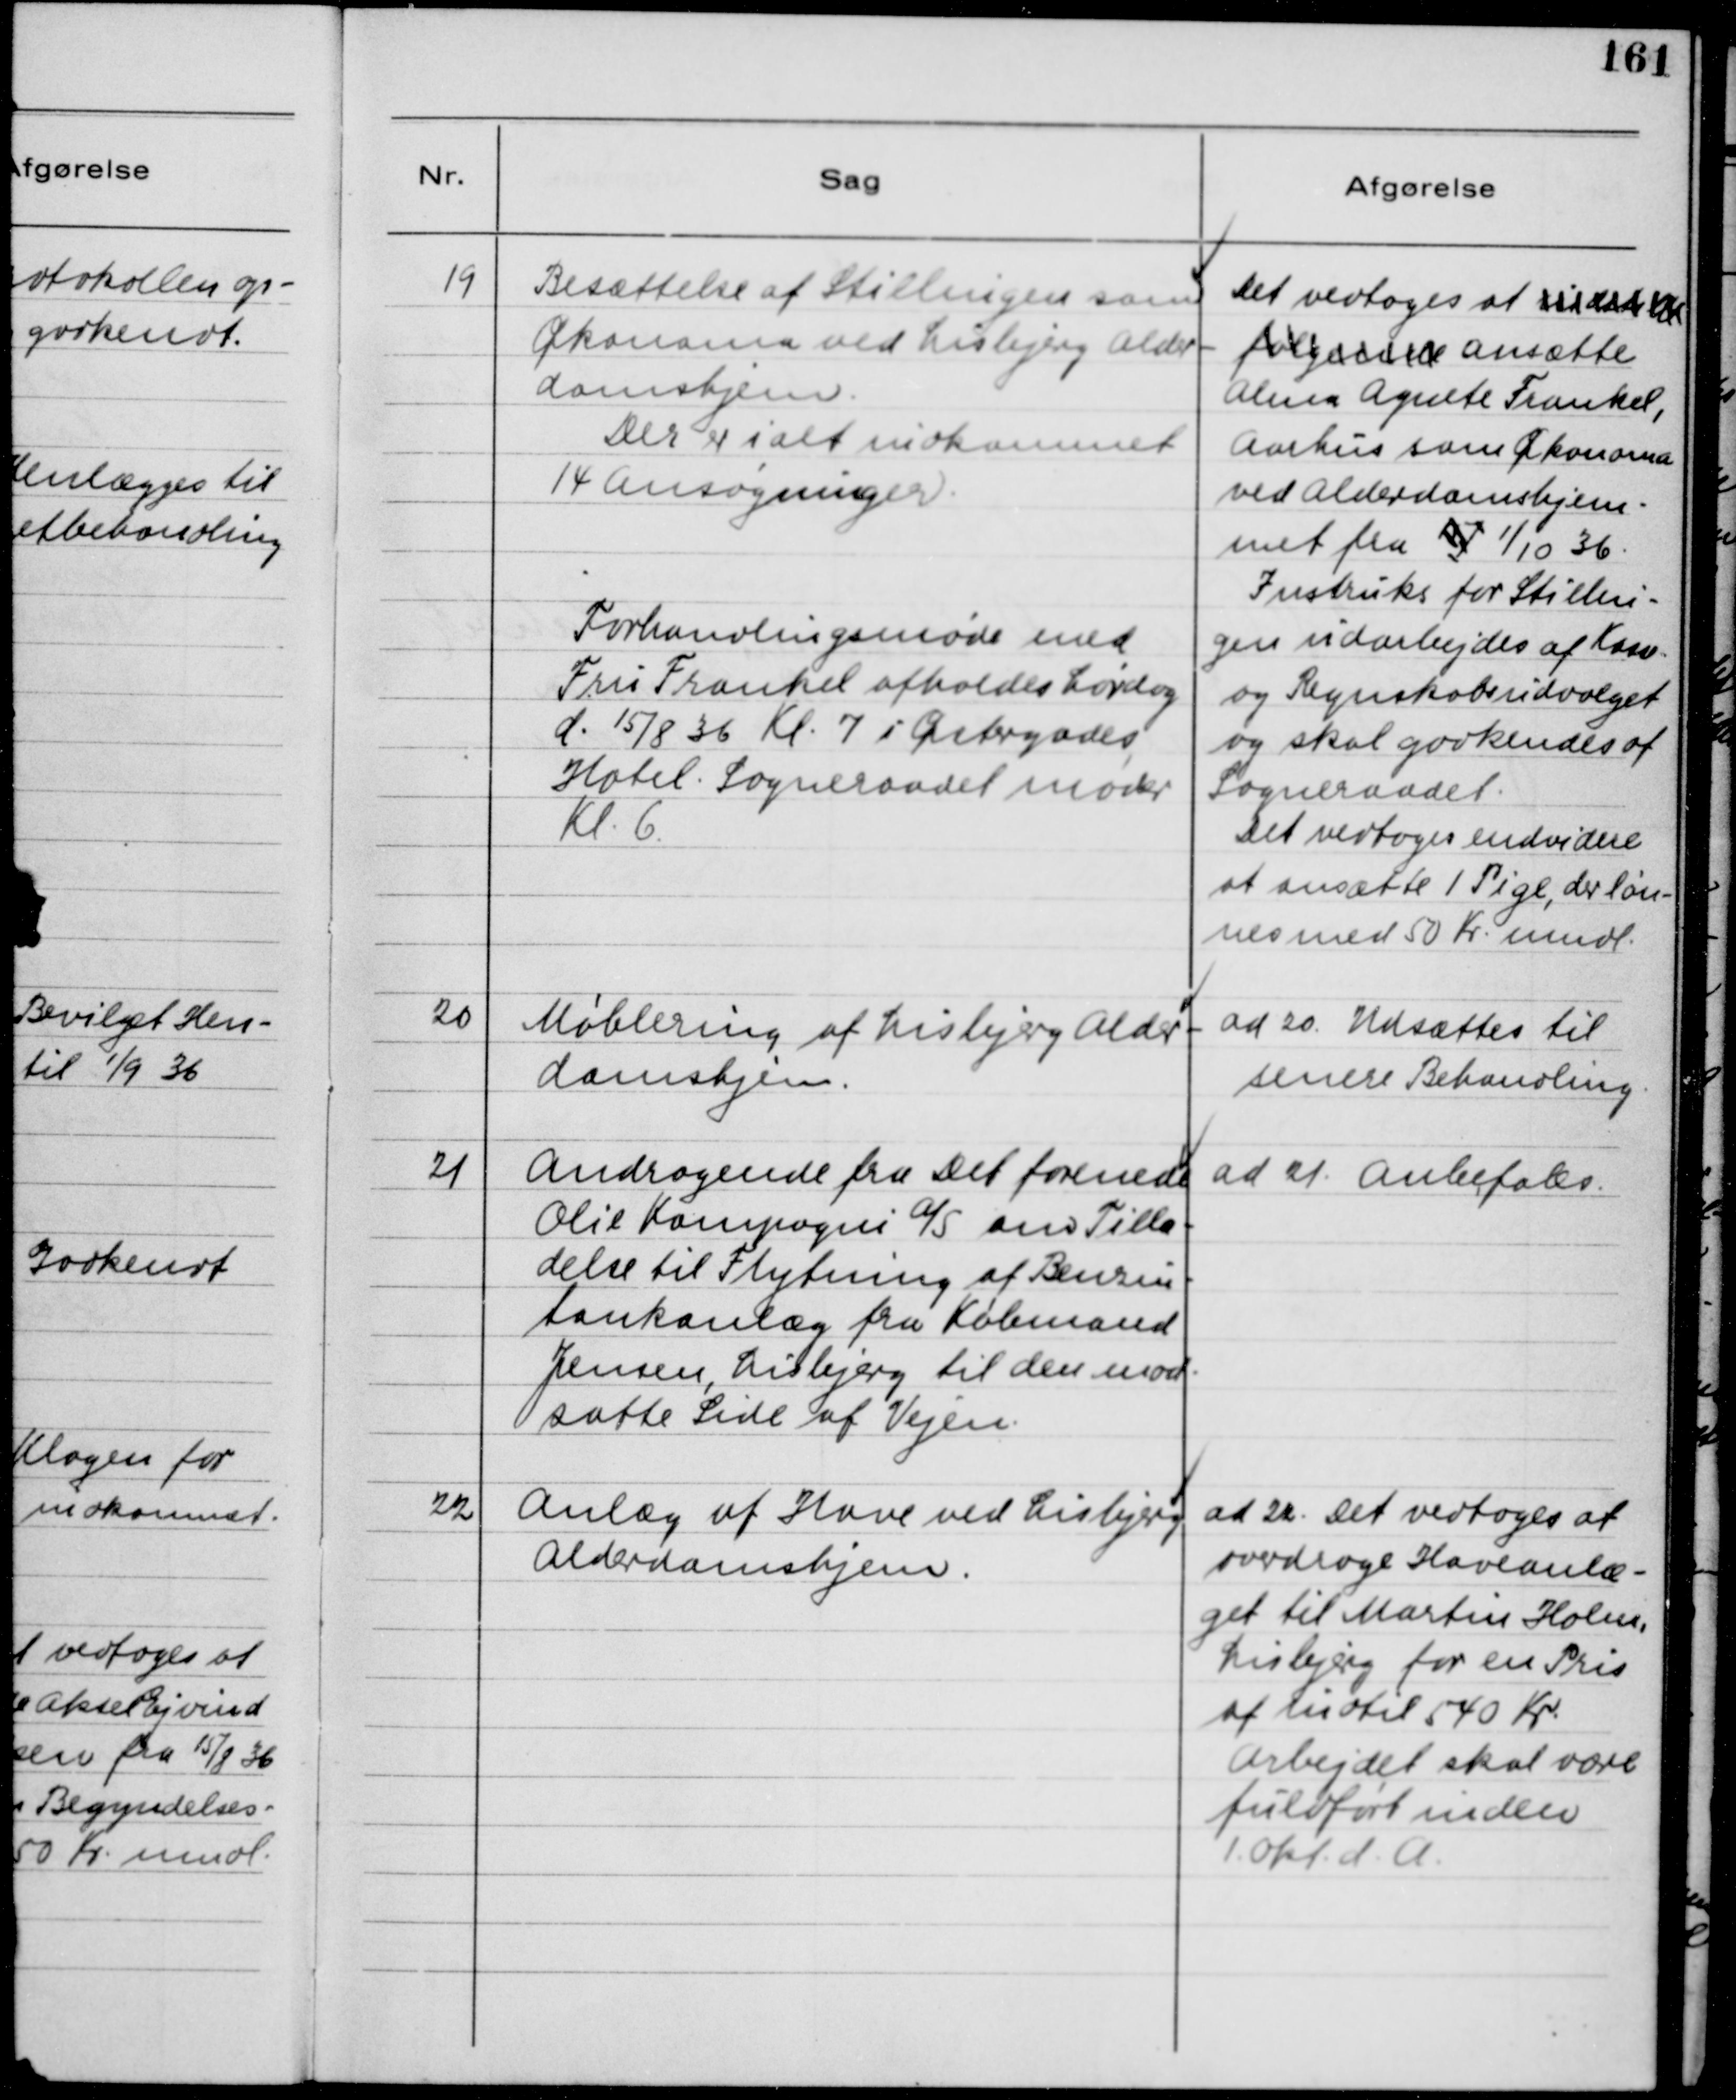
Transskription:
19
Besættelse af Stillingen som
Økonoma ved Lisbjerg Alder-
domshjem.
Der er ialt indkommet
14 Ansøgnnger.
Forhandlingsmøde med
Fru Frankel afholdes Lørdag
d. 15/8 36 Kl. 7 i Østergades
Hotel. Sogneraadet møder
Kl. 16.
Det vedtoges at indstille
følgende ansætte
Alma Agnete Frankel,
Aarhus som Økonoma
ved Alderdomshjem-
met fra 15/ 1/10 36.
Instruks for Stillin-
gen udarbejdes af Kasse-
og Regnskabsudvalget
og skal godkendes af
Sogneraadet.
Det vedtoges endvidere
at ansætte 1 Pige, der løn-
nes med 50 Kr. mdl.
20
Møblering af Lisbjerg Alder-
domshjem.
ad 20 Udsættes til
senere Behandling.
21
Andragende fra Det forenede
Olie Kompagni A/S om Tilla-
delse til Flytning af Benzin-
tankanlæg fra Købmand
Jensen, Lisbjerg til den mod-
satte Side af Vejen.
ad 21 Anbefales.
22
Anlæg af Have ved Lisbjerg
Alderdomshjem.
ad 22. Det vedtoges at
overdrage Haveanlæ-
get til Martin Holm,
Lisbjerg for en Pris
af indtil 540 Kr.
Arbejdet skal være
fuldført inden
1. Okt. d.A.